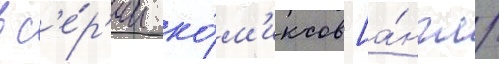
в с'е́р'ии ко́м'иксов [а́нгл.